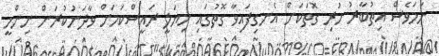
ނަމަވެސް އިތުބާރު ހުރި ގޮތަކަށް އެނގިފައިވާ ގޮތުގައި ހިޔަލީ ރައީސްކަމަށް ވާދަނުކުރަން ނިންމީ